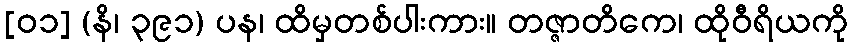
[၀၁] (နိ၊ ၃၉၁) ပန၊ ထိမှတစ်ပါးကား။ တဇ္ဇာတိကေ၊ ထိုဝီရိယကို